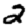
Digit: 2